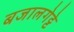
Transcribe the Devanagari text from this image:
बजालगेट्टे